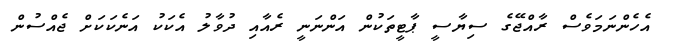
އެހެންނަމަވެސް ރާއްޖޭގެ ސިޔާސީ ޕާޓީތަކުން އަންނަނީ ރެއާއި ދުވާލު އެކަކު އަނެކަކަށް ޖެއްސުން